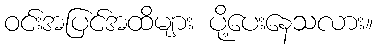
ဝင်းအပြင်အထိများ ပို့ပေးနေသလား။